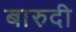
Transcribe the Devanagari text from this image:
बारुदी